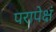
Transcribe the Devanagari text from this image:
परापेक्षं